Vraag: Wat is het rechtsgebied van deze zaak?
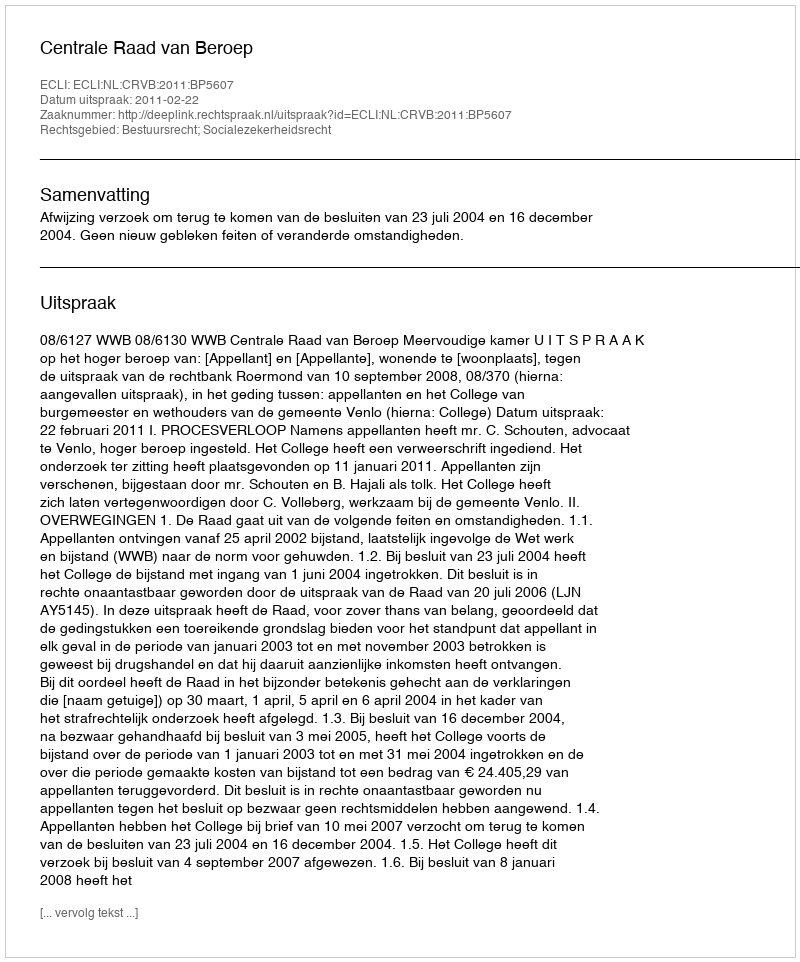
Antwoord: Bestuursrecht; Socialezekerheidsrecht